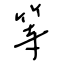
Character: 等